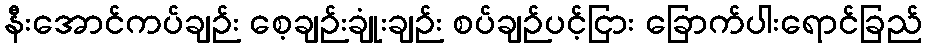
နီးအောင်ကပ်ချဉ်း စေ့ချဉ်းချုံးချဉ်း စပ်ချဉ်ပင့်ငြား ခြောက်ပါးရောင်ခြည်